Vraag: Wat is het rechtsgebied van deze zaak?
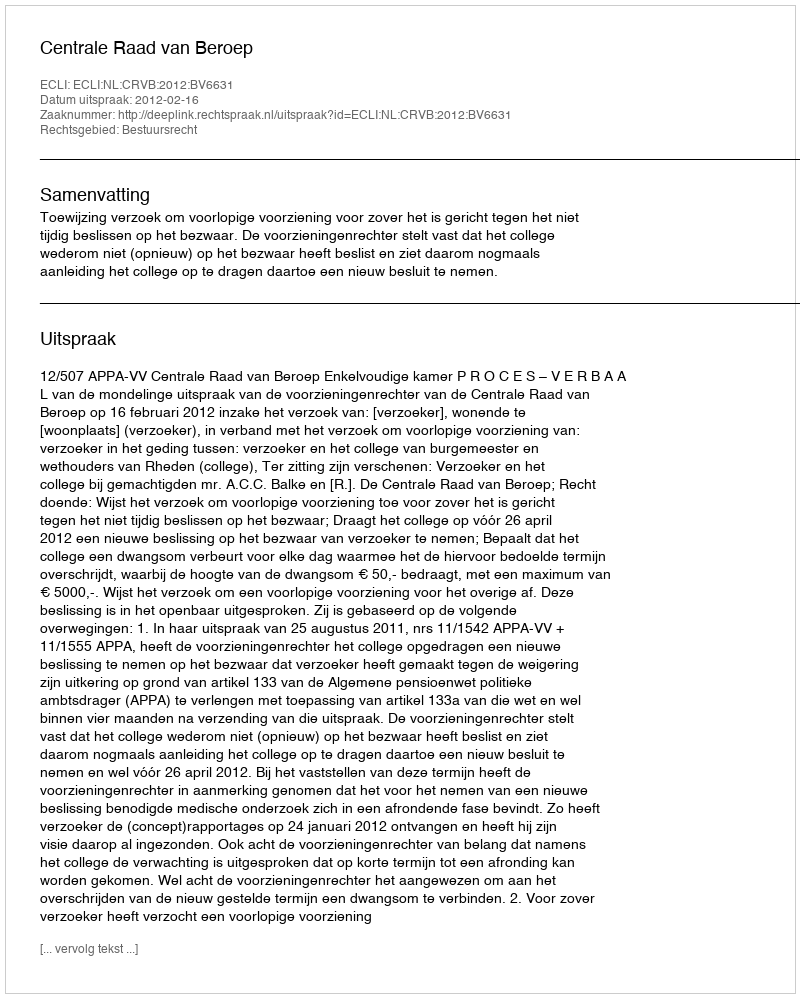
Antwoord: Bestuursrecht